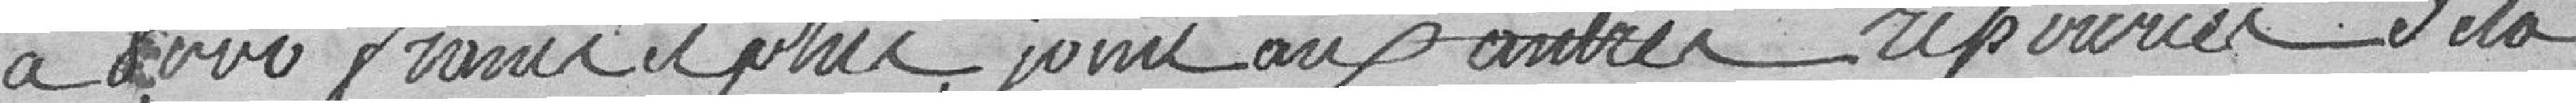
a 8,000 francs et plus joint aux autres ressources de la